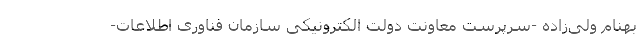
بهنام ولی‌زاده -سرپرست معاونت دولت الکترونیکی سازمان فناوری اطلاعات-